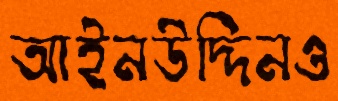
আইনউদ্দিনও